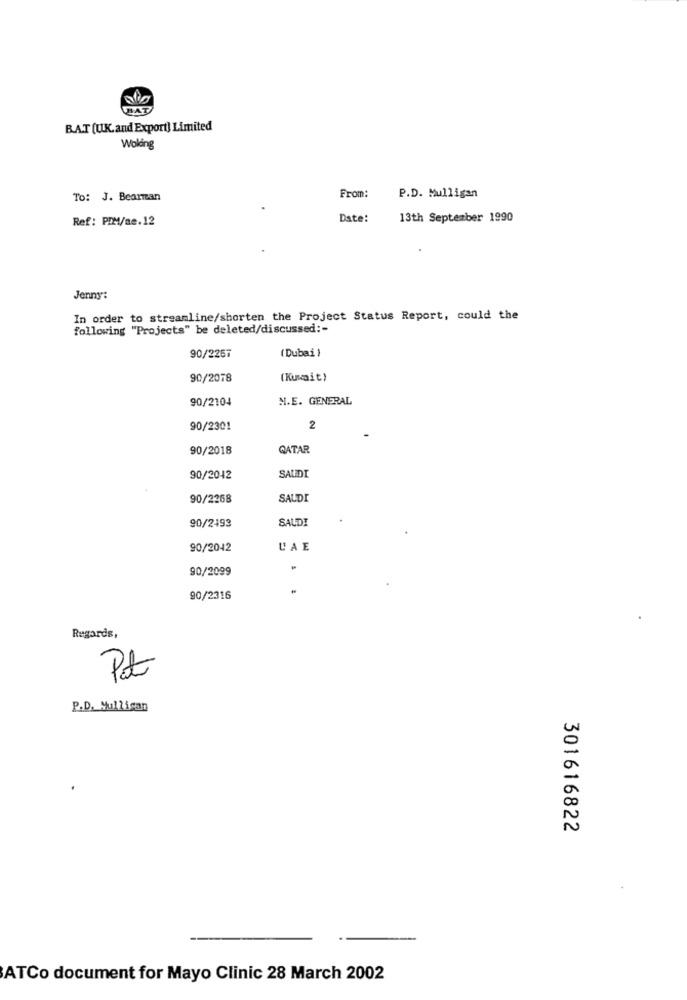
BAT
BAT (U.K. and Export) Limited
Woking
To: J. Bearman
From:
P.D. Mulligan
Ref: PIM/ae.12
Date:
13th September 1990
Jenny:
In order to streamline/shorten the Project Status Report, could the
following "Projects" be deleted/discussed :-
90/2257
(Dubai )
90/2018
(Kuwait)
90/2104
M.E. GENERAL
90/2301
2
90/2018
QATAR
90/2042
SAUDI
90/2268
SAUDI
90/2493
SAUDI
90/2042
UAE
90/2099
90/2316
Regards,
Pat
P.D. Nullisan
0
N
301616822
ATCo document for Mayo Clinic 28 March 2002